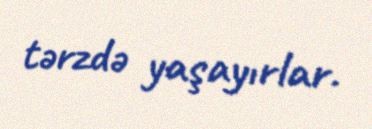
tərzdə yaşayırlar.